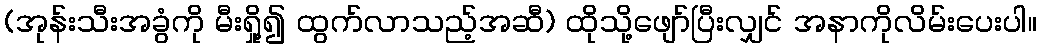
(အုန်းသီးအခွံကို မီးရှို့၍ ထွက်လာသည့်အဆီ) ထိုသို့ဖျော်ပြီးလျှင် အနာကိုလိမ်းပေးပါ။